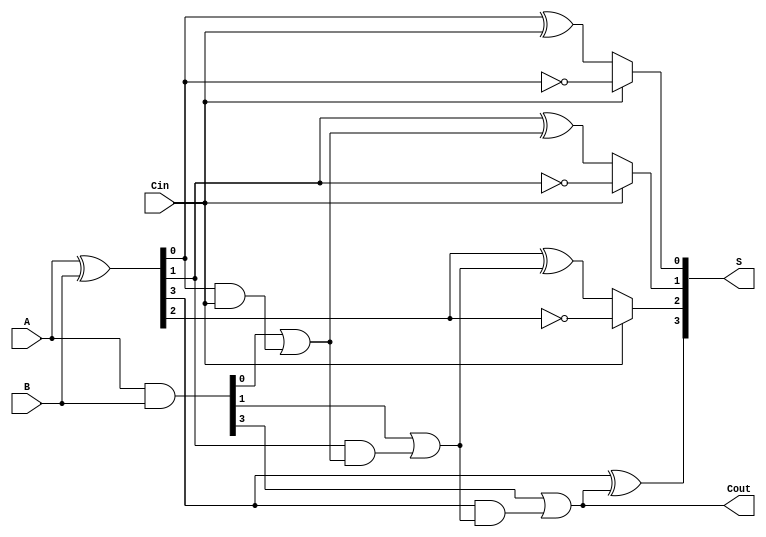
module CarrySelectAdder (
    input [3:0] A,      // 4-bit input A
    input [3:0] B,      // 4-bit input B
    input Cin,          // Carry-in
    output [3:0] S,     // 4-bit sum output
    output Cout         // Carry-out
);

    wire [3:0] G;       // Generate signals
    wire [3:0] P;       // Propagate signals
    wire [1:0] C;       // Carry signals for segments
    wire [3:0] S0, S1;  // Sum outputs for carry-in 0 and 1

    // Generate and Propagate signals
    assign G = A & B;          // G[i] = A[i] AND B[i]
    assign P = A ^ B;          // P[i] = A[i] XOR B[i]

    // Segment 0 (LSB)
    assign S0[0] = P[0] ^ Cin; // S0[0] when Cin = 0
    assign S1[0] = P[0] ^ 1;    // S1[0] when Cin = 1
    assign C[0] = G[0] | (P[0] & Cin); // C[0] = G[0] + (P[0] * Cin)

    // Segment 1
    assign S0[1] = P[1] ^ C[0]; // S0[1] when Cin = 0
    assign S1[1] = P[1] ^ 1;     // S1[1] when Cin = 1
    assign C[1] = G[1] | (P[1] & C[0]); // C[1] = G[1] + (P[1] * C[0])

    // Segment 2
    assign S0[2] = P[2] ^ C[1]; // S0[2] when Cin = 0
    assign S1[2] = P[2] ^ 1;     // S1[2] when Cin = 1
    assign Cout = G[3] | (P[3] & C[1]); // Final carry-out

    // Select the correct sum based on the carry
    assign S[0] = (Cin == 0) ? S0[0] : S1[0];
    assign S[1] = (Cin == 0) ? S0[1] : S1[1];
    assign S[2] = (Cin == 0) ? S0[2] : S1[2];
    assign S[3] = P[3] ^ Cout; // Final sum bit

endmodule